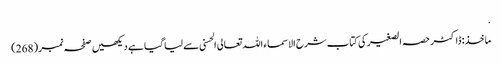
.
ماخذ: ڈاکٹر حصہ الصغیر کی کتاب شرح الاسماء اللہ تعالی الحسنی سے لیا گیا ہے دیکھیں صفحہ نمبر (268)